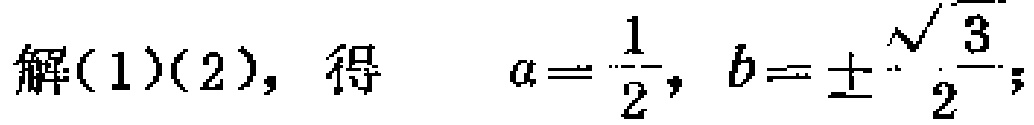
解(1)(2)，得 \[a = \frac{1}{2}, b = \pm\frac{\sqrt{3}}{2};\]